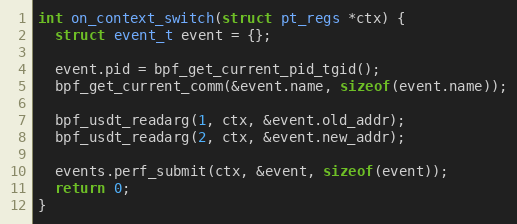
Language: C++
int on_context_switch(struct pt_regs *ctx) {
  struct event_t event = {};

  event.pid = bpf_get_current_pid_tgid();
  bpf_get_current_comm(&event.name, sizeof(event.name));

  bpf_usdt_readarg(1, ctx, &event.old_addr);
  bpf_usdt_readarg(2, ctx, &event.new_addr);

  events.perf_submit(ctx, &event, sizeof(event));
  return 0;
}